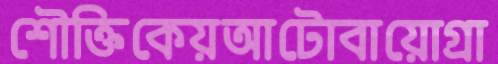
শৌক্তিকেয়আটোবায়োগ্রা